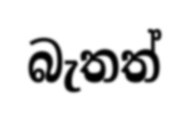
බැතත්